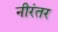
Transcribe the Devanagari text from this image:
नीरंतर